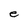
Character: e